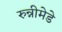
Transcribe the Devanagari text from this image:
रुन्नीमेडे